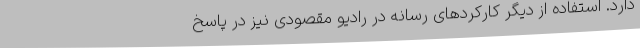
دارد. استفاده از دیگر کارکردهای رسانه در رادیو مقصودی نیز در پاسخ